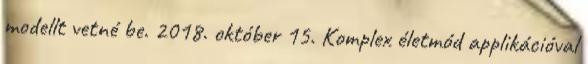
modellt vetné be. 2018. október 15. Komplex életmód applikációval